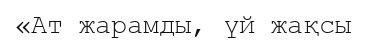
«Ат жарамды, үй жақсы